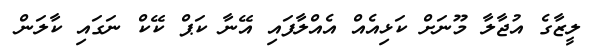
ލީޒާގެ އުޖާލާ މޫނަށް ކަޅިއެއް އެއްލާފައި އޭނާ ކަޕް ކޭކް ނަގައި ކާލަން